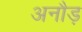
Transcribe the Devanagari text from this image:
अनौड़